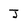
Character: J